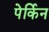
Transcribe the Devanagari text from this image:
पेर्किन